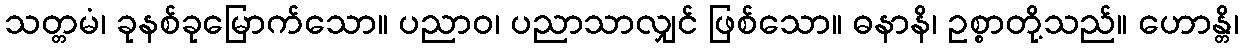
သတ္တမံ၊ ခုနစ်ခုမြောက်သော။ ပညာဝ၊ ပညာသာလျှင် ဖြစ်သော။ ဓနာနိ၊ ဥစ္စာတို့သည်။ ဟောန္တိ၊